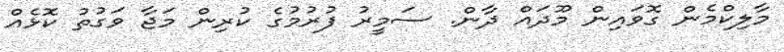
މާލިކްމެން ގޮވައިން މޫދައް ދާން. ސަމީރު ފުރުމުގެ ކުރިން މަޖާ ވަގުތު ކޮޅެއް